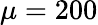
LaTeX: \mu=200